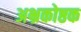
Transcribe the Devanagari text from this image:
अभ्रकोष्ठक